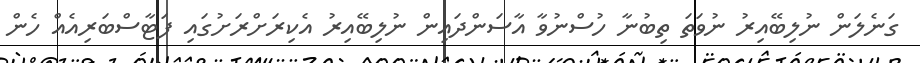
ގަނެލަން ނުލިބޭއިރު ނުވަތަ ތިބުނާ ހުސްނުވާ އާސަންދައިން ނުލިބޭއިރު އެކިރަށްރަށުގައި ފަޓާސްބަރިއެއް ހެން